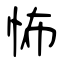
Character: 怖